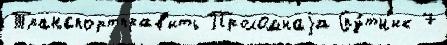
Транспортправ'ить Проломнаjа Спу́тн'ик 7